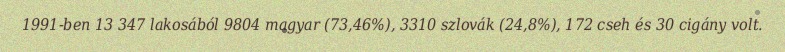
1991-ben 13 347 lakosából 9804 magyar (73,46%), 3310 szlovák (24,8%), 172 cseh és 30 cigány volt.